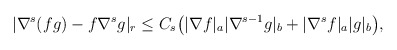
\begin{align*}&|\nabla^s(fg)-f \nabla^s g|_r\leq C_s\big(|\nabla f|_a |\nabla^{s-1}g|_b+|\nabla^s f|_a|g|_b\big),\end{align*}